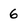
Character: 6